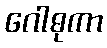
ဂေါဓုကာ